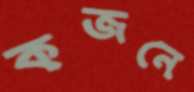
কজনে